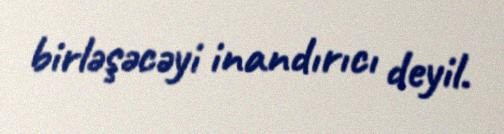
birləşəcəyi inandırıcı deyil.